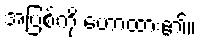
အပြစ်ကို ဟောထား၏။